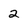
Character: 2